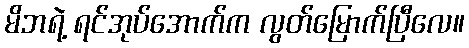
မိဘရဲ့ ရင်အုပ်အောက်က လွတ်မြောက်ပြီလေ။